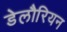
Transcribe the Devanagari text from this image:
डेलौरियन